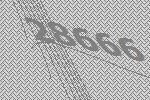
28666